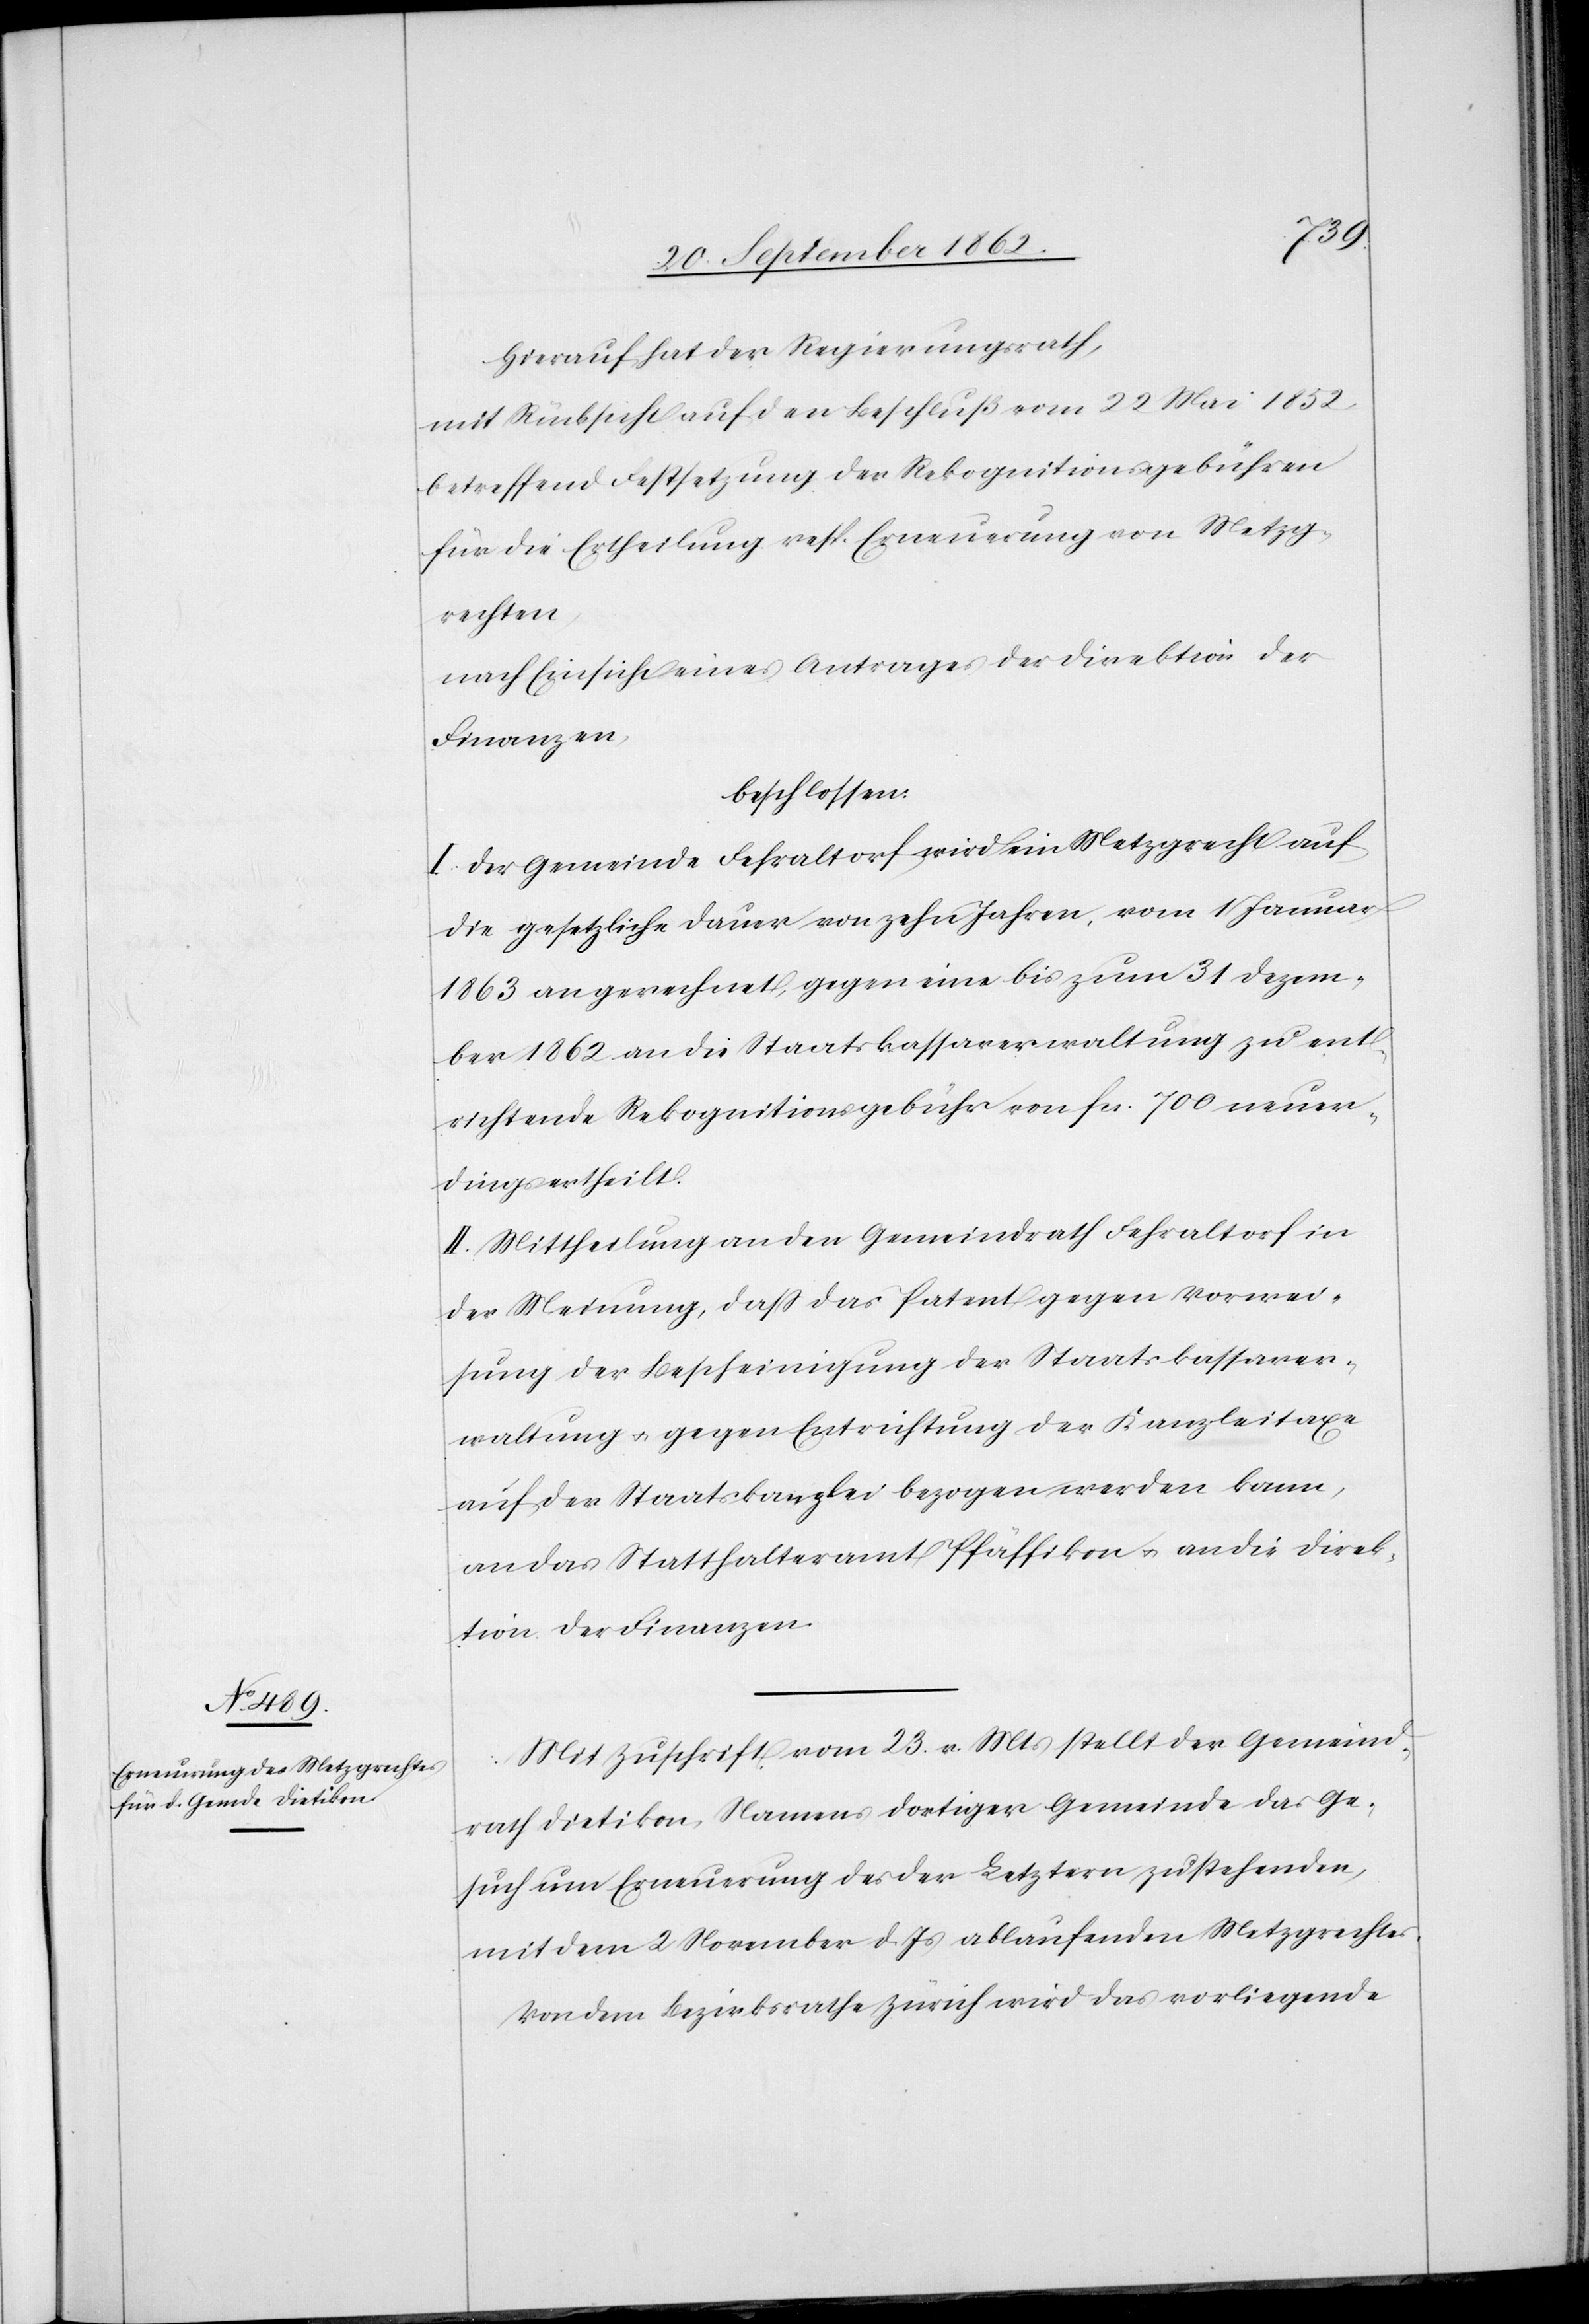
Hierauf hat der Regierungsrath,
mit Rücksicht auf den Beschluß vom 22. Mai 1852
betreffend Festsetzung der Rekognitionsgebühren
für die Ertheilung resp. Erneuerung von Metzg¬
rechten,
nach Einsicht eines Antrages der Direktion der
Finanzen,
beschlossen:
I. Der Gemeinde Fehraltorf wird ein Metzgrecht auf
die gesetzliche Dauer von zehn Jahren, vom 1. Januar
1863 an gerechnet, gegen eine bis zum 31. Dezem¬
ber 1862 an die Staatskassaverwaltung zu ent¬
richtende Rekognitionsgebühr von fcs. 700 neuer¬
dings ertheilt.
II. Mitheilung an den Gemeindrath Fehraltorf in
der Meinung, daß das Patent gegen Vorwei¬
sung der Bescheinigung der Staatskassaver¬
waltung u. gegen Entrichtung der Kanzleitaxe
auf der Staatskanzlei bezogen werden kann,
an das Statthalteramt Pfäffikon u. an die Direk¬
tion der Finanzen.
Mit Zuschrift vom 23. v. Mts. stellt der Gemeind¬
rath Dietikon, Namens dortiger Gemeinde das Ge¬
such um Erneuerung des der Letztern, zustehenden,
mit dem 2. November d. Js. ablaufenden Metzgrechtes.
Von dem Bezirksrathe Zürich wird das vorliegende